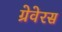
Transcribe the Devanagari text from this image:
ग्रेवेरस